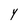
Character: Y